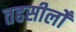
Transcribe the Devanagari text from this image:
तहसीलोँ